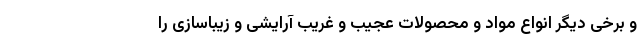
و برخی دیگر انواع مواد و محصولات عجیب و غریب آرایشی و زیباسازی را